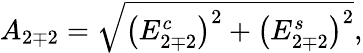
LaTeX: A_{2\mp 2}=\sqrt{\left(E_{2\mp 2}^{c}\right)^{2}+\left(E_{2\mp 2}^{s}\right)^{2}},